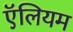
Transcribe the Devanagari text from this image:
ऍलियम